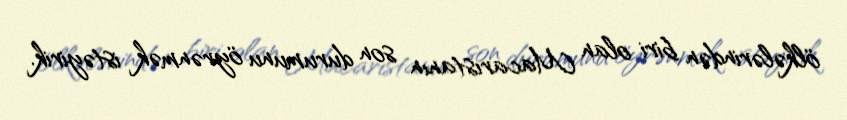
ölkələrindən biri olan Macarıstanın son durumunu öyrənmək istəyirik.